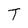
Character: T